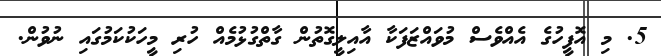
5. މި އޮފީހުގެ އެއްވެސް މުވައްޒަފަކާ އާއިލީގޮތުން ގާތްގުޅުމެއް ހުރި މީހަކުކަމުގައި ނުވުން.